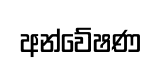
අන්වේෂණ